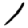
Digit: 1